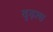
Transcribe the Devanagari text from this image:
दृढ़ाश्व